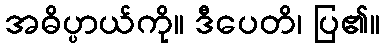
အဓိပ္ပာယ်ကို။ ဒီပေတိ၊ ပြ၏။